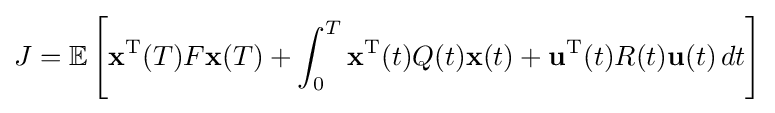
J=\mathbb {E} \left[{\mathbf {x} ^{\mathrm {T} }}(T)F{\mathbf {x} }(T)+\int _{0}^{T}{\mathbf {x} ^{\mathrm {T} }}(t)Q(t){\mathbf {x} }(t)+{\mathbf {u} ^{\mathrm {T} }}(t)R(t){\mathbf {u} }(t)\,dt\right]